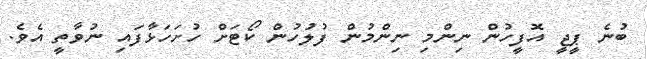
ބުނެ ޕީޖީ އޮފީހުން ނިންމި ނިންމުން ފުލުހުން ކޯޓަށް ހުށަހަޅާފައި ނުވާތީ އެވެ.